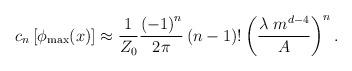
LaTeX: \begin{align*}c_n \left[ \phi_{{\rm max}} (x) \right] \approx {1 \over Z_0} { \left( -1 \right)^n \over 2 \pi}\left( n - 1 \right) ! \left( {\lambda \ m^{d-4} \over A} \right)^n.\end{align*}